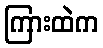
ကြားထဲက